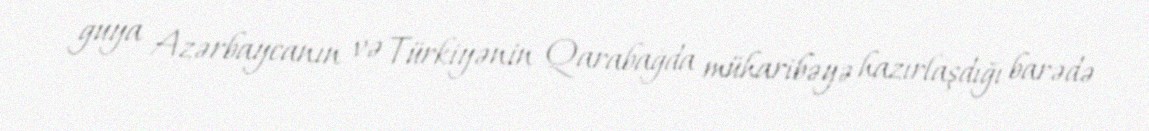
guya Azərbaycanın və Türkiyənin Qarabağda müharibəyə hazırlaşdığı barədə